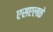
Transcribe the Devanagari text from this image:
एसएलके